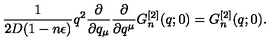
\frac { 1 } { 2 D ( 1 - n \epsilon ) } q ^ { 2 } \frac { \partial } { \partial q _ { \mu } } \frac { \partial } { \partial q ^ { \mu } } G _ { n } ^ { [ 2 ] } ( q ; 0 ) = G _ { n } ^ { [ 2 ] } ( q ; 0 ) .